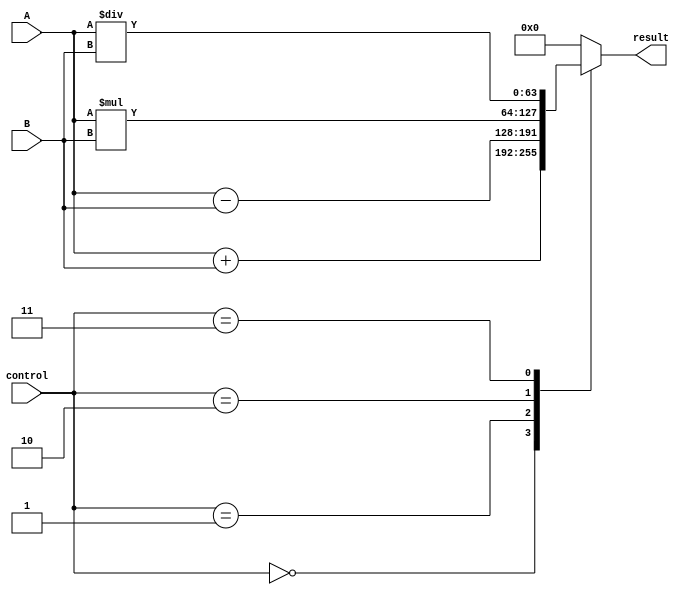
module ALU_64bit (
    input [63:0] A,
    input [63:0] B,
    input [3:0] control,
    output reg [63:0] result
);

always @(*)
begin
    case(control)
        4'b0000: result = A + B; // addition
        4'b0001: result = A - B; // subtraction
        4'b0010: result = A * B; // multiplication
        4'b0011: result = A / B; // division
        // You can add more operations as necessary
        default: result = 64'b0;
    endcase
end

endmodule